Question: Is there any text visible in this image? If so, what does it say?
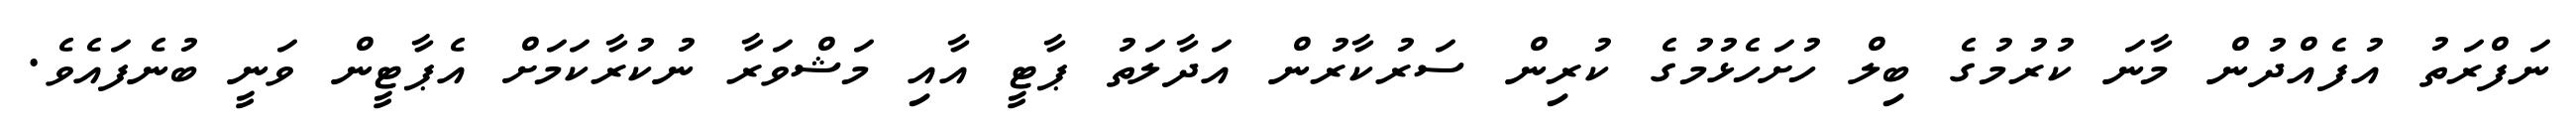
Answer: ނަފްރަތު އުފެއްދުން މާނަ ކުރުމުގެ ބިލް ހުށަހެޅުމުގެ ކުރިން ސަރުކާރުން އަދާލަތު ޕާޓީ އާއި މަޝްވަރާ ނުކުރާކަމަށް އެޕާޓީން ވަނީ ބުނެފައެވެ.